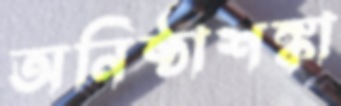
অনিষ্ঠাশঙ্কা